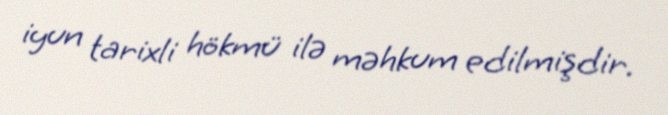
iyun tarixli hökmü ilə məhkum edilmişdir.